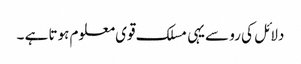
دلائل کی رو سےیہی مسلک قوی معلوم ہوتا ہے ۔